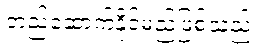
တည်ဆောက်နိုင်မည်ဖြစ်သည်